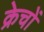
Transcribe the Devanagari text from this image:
क्रेचों